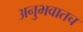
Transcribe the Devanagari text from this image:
अनुभवातच